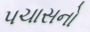
પચાસનો